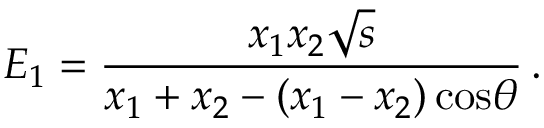
E _ { 1 } = \frac { x _ { 1 } x _ { 2 } { \sqrt s } } { x _ { 1 } + x _ { 2 } - ( x _ { 1 } - x _ { 2 } ) \, \mathrm { c o s } \theta } \, .